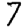
Digit: 7